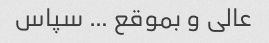
عالی و بموقع … سپاس